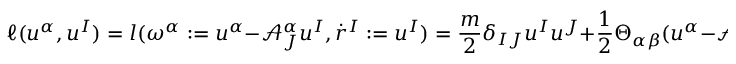
\ell ( u ^ { \alpha } , u ^ { I } ) = l ( \omega ^ { \alpha } : = u ^ { \alpha } - \mathcal { A } _ { J } ^ { \alpha } u ^ { I } , \dot { r } ^ { I } : = u ^ { I } ) = \frac { m } { 2 } \delta _ { I J } u ^ { I } u ^ { J } + \frac { 1 } { 2 } \Theta _ { \alpha \beta } ( u ^ { \alpha } - \mathcal { A } _ { I } ^ { \alpha } u ^ { I } ) ( u ^ { \beta } - \mathcal { A } _ { J } ^ { \beta } u ^ { J } ) .